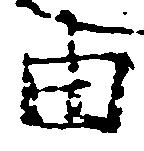
由